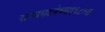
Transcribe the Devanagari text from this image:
राज्यघटनेच्या१६८व्या